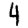
Digit: 4